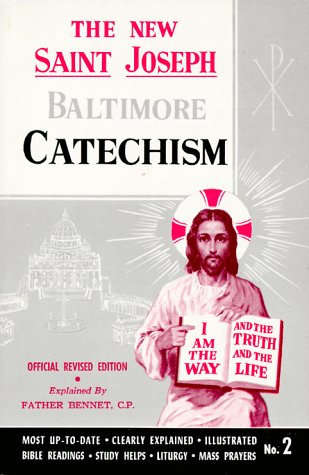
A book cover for The New Saint Joseph Baltimore Catechism (No. 2); Bennet Kelley; Christian Books & Bibles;